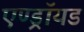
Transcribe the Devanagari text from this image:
एण्ड्रॉयड